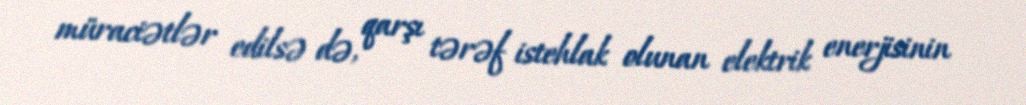
müraciətlər edilsə də, qarşı tərəf istehlak olunan elektrik enerjisinin